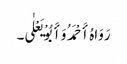
رَوَاہُ أَحْمَدُ وَأَبُوْ یَعْلٰی۔